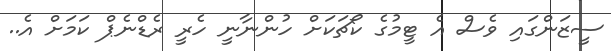
ސީޒަންގައި ވެސް އެ ޓީމުގެ ކޯޗަކަށް ހުންނާނީ ހެރީ ރެޑްނެޕް ކަމަށް އެ..